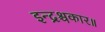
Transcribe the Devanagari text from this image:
इन्द्रश्चकार॥